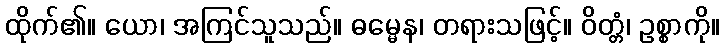
ထိုက်၏။ ယော၊ အကြင်သူသည်။ ဓမ္မေန၊ တရားသဖြင့်။ ဝိတ္တံ၊ ဥစ္စာကို။